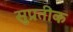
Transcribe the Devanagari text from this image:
सुप्रतीक